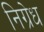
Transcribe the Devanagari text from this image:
निग्रेध